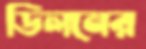
ডিলনের